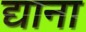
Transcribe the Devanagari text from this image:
द्याना